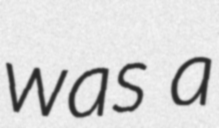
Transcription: was a